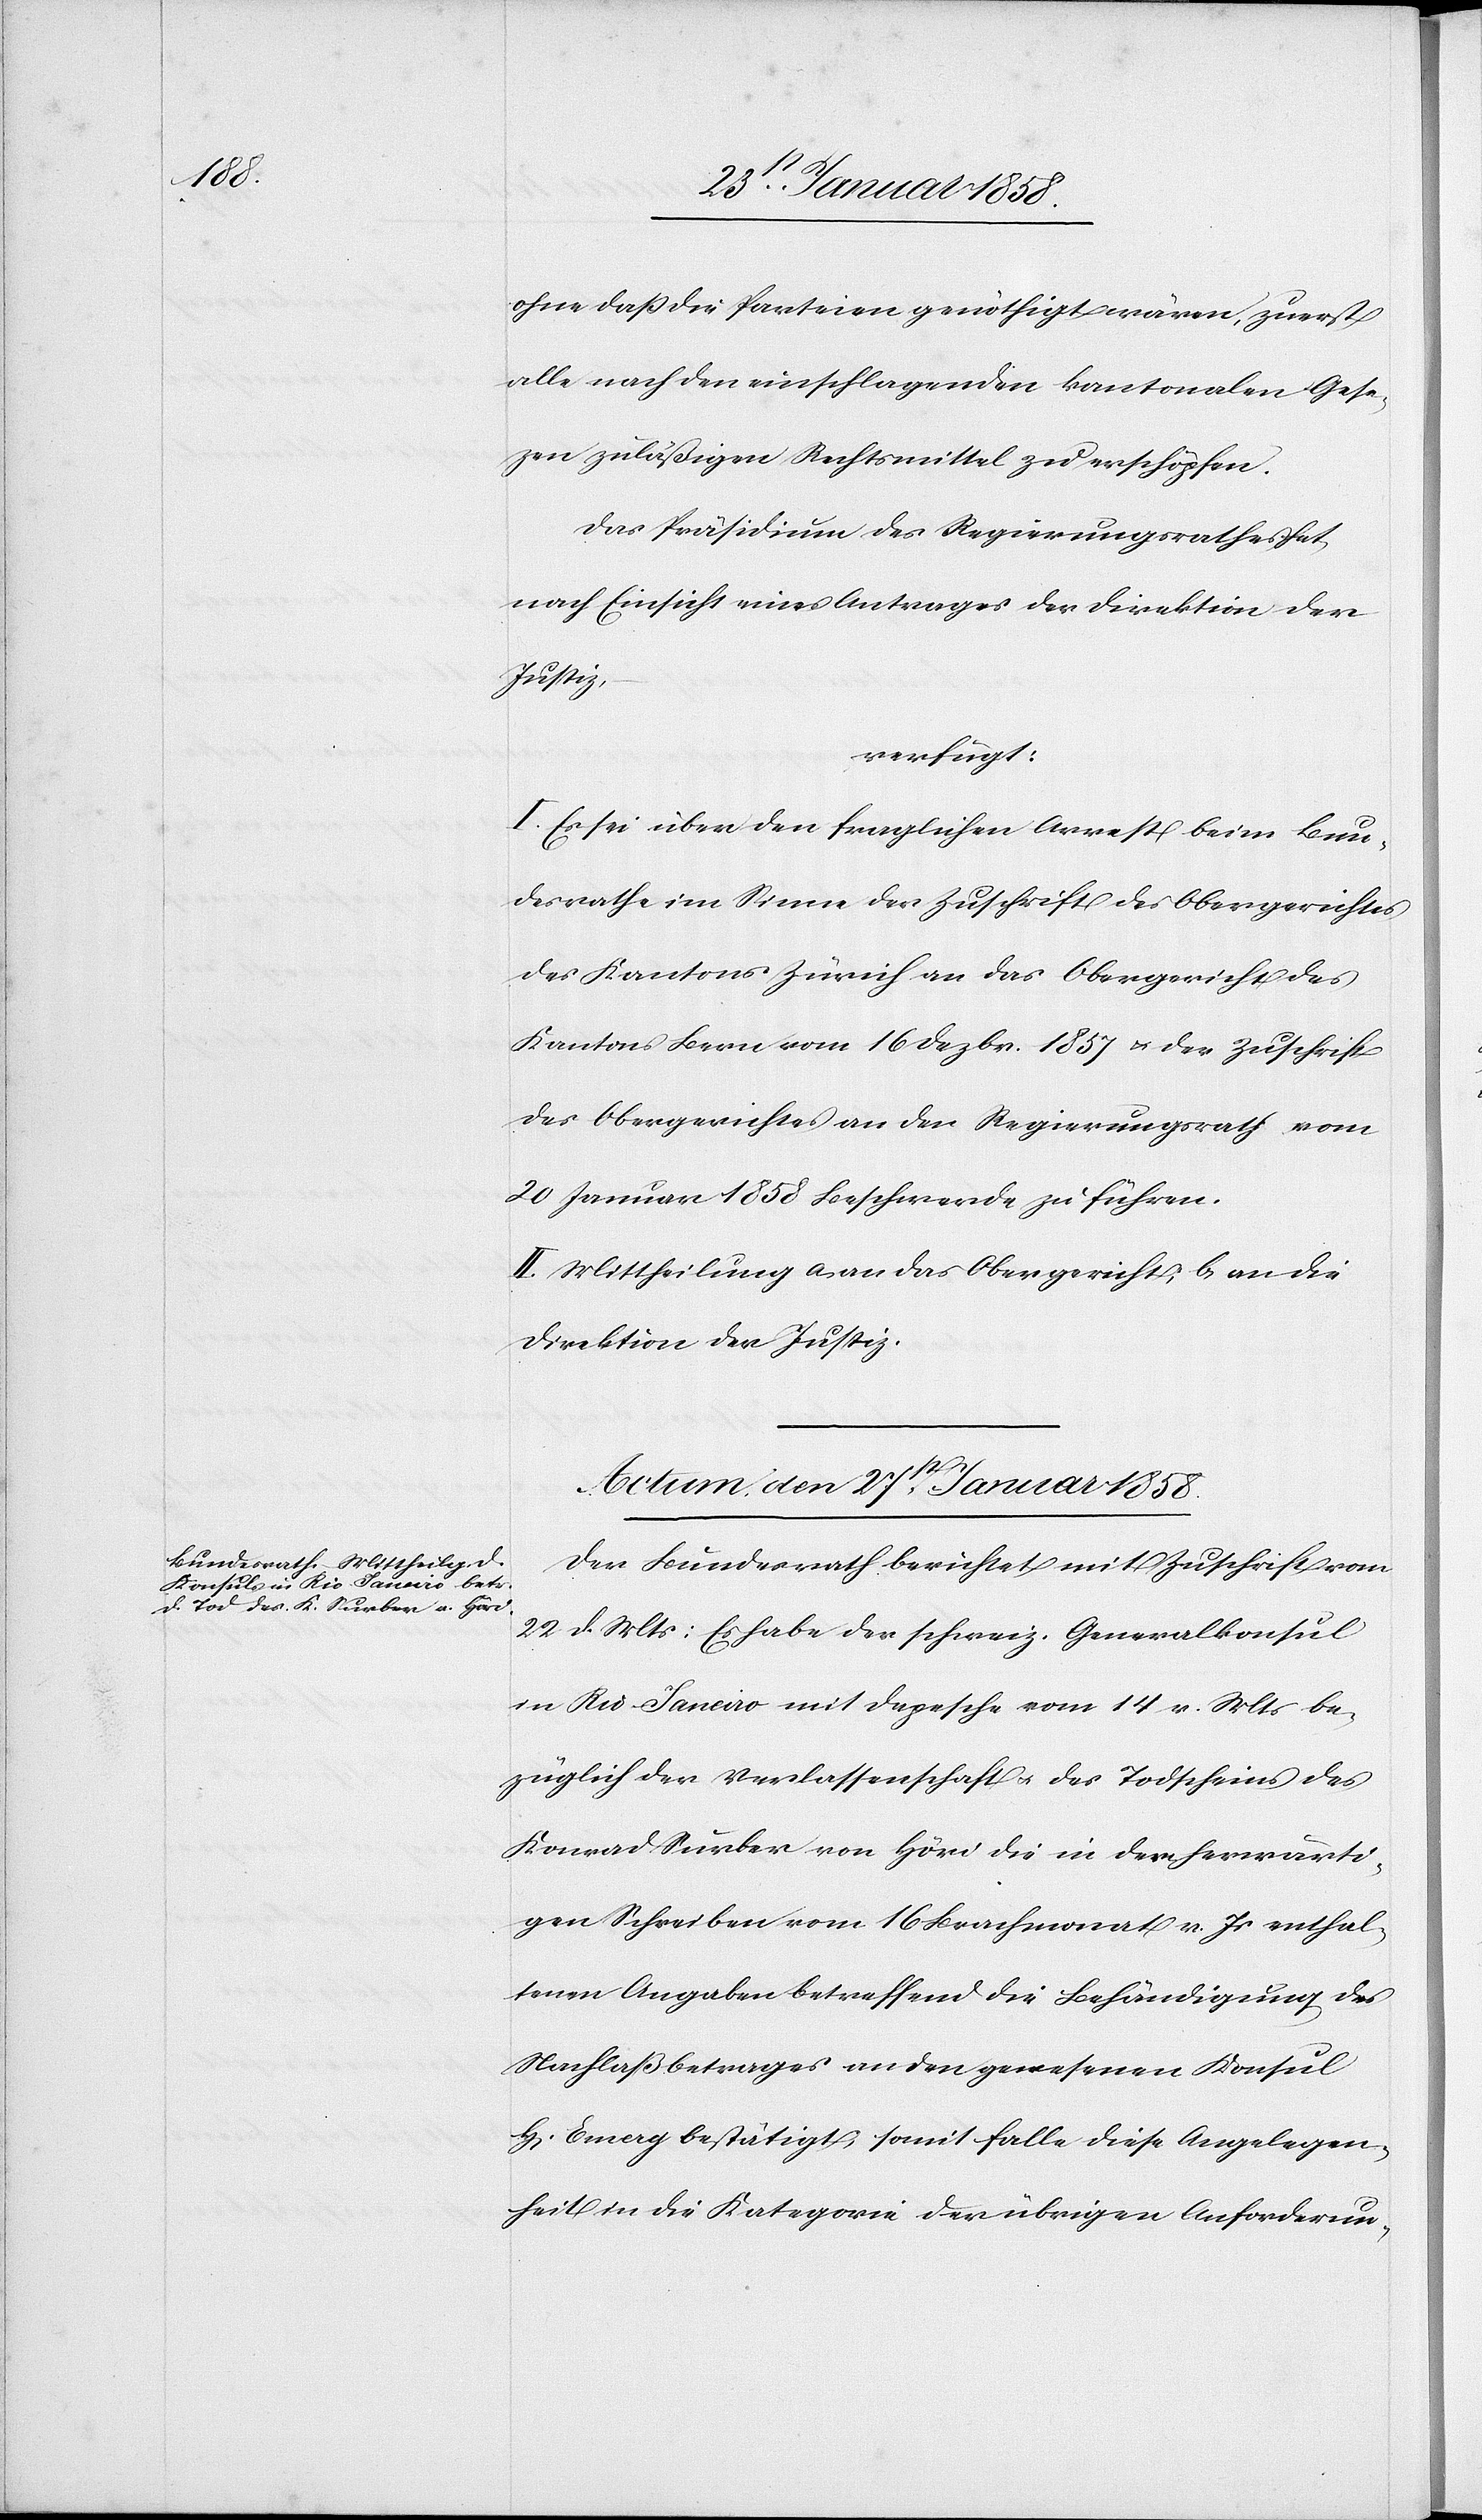
ohne daß die Parteien genöthigt wären, zuerst
alle nach den einschlagenden kantonalen Gese¬
zen zuläßigen Rechtsmittel zu erschöpfen.
Das Präsidium des Regierungsrathes hat
nach Einsicht eines Antrages der Direktion der
Justiz,
verfügt:
I. Es sei über den fraglichen Arrest beim Bun¬
desrathe im Sinne der Zuschrift des Obergerichtes
des Kantons Zürich an das Obergericht des
Kantons Bern vom 16 Dezbr. 1857 u. der Zuschrift
des Obergerichtes an den Regierungsrath vom
20 Januar 1858 Beschwerde zu führen.
II. Mittheilung a. an das Obergericht, b. an die
Direktion der Justiz.
Actum, den 27st Januar 1858.
Der Bundesrath berichtet mit Zuschrift vom
22. d. Mts: Es habe der schweiz. Generalkonsul
in Rio Janeiro mit Depesche vom 14 v. Mts be¬
züglich der Verlassenschaft u. des Todscheins des
Konrad Surber von Höri die in dem herwärti¬
gen Schreiben vom 16 Brachmonat v. Js enthal¬
tenen Angaben betreffend die Behändigung des
Nachlaßbetrages an den gewesenen Konsul
H. Emery bestätigt, somit falle diese Angelegen¬
heit in die Kategorie der übrigen Anforderun-